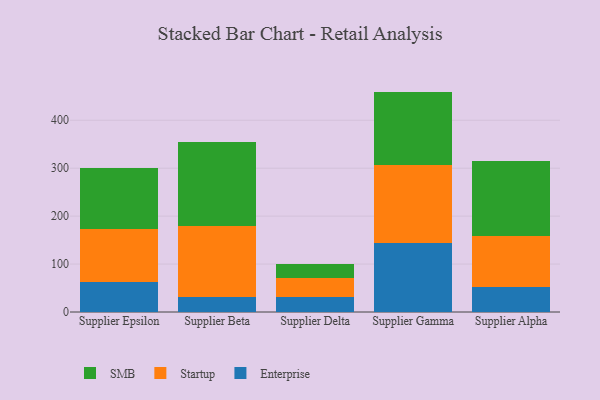
{"axis": {"x": "Supplier", "y": "Tickets Resolved"}, "legend": ["Enterprise", "SMB", "Startup"], "data": [{"x": "Supplier Epsilon", "y": 61.7, "type": "Enterprise"}, {"x": "Supplier Epsilon", "y": 111.3, "type": "Startup"}, {"x": "Supplier Epsilon", "y": 127.8, "type": "SMB"}, {"x": "Supplier Beta", "y": 31.9, "type": "Enterprise"}, {"x": "Supplier Beta", "y": 148.3, "type": "Startup"}, {"x": "Supplier Beta", "y": 173.9, "type": "SMB"}, {"x": "Supplier Delta", "y": 31.3, "type": "Enterprise"}, {"x": "Supplier Delta", "y": 39.3, "type": "Startup"}, {"x": "Supplier Delta", "y": 30.0, "type": "SMB"}, {"x": "Supplier Gamma", "y": 143.9, "type": "Enterprise"}, {"x": "Supplier Gamma", "y": 163.2, "type": "Startup"}, {"x": "Supplier Gamma", "y": 152.7, "type": "SMB"}, {"x": "Supplier Alpha", "y": 52.9, "type": "Enterprise"}, {"x": "Supplier Alpha", "y": 105.3, "type": "Startup"}, {"x": "Supplier Alpha", "y": 156.9, "type": "SMB"}]}